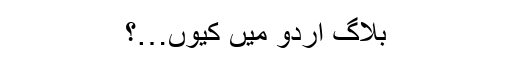
بلاگ اردو میں کیوں…؟